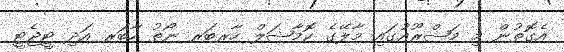
އެގޮތުން މި މަޝްރޫއުގައި މާލޭގެ ކޮމާޝަލް ހާރބަރ ނޯތު ހާބަރ އަދި ޓީޖެޓީ